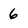
Character: 6